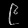
Digit: ၉